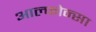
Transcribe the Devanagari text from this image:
आल्फोन्सा